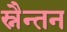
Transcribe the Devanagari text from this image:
स्नैन्तन